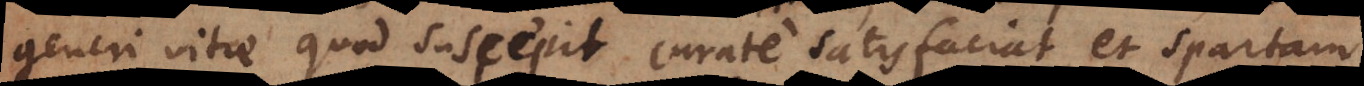
generi vitae quod suscepit curate satisfaciat, et Spartam